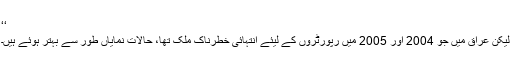
‘‘
لیکن عراق میں جو 2004 اور 2005 میں رپورٹروں کے لیئے انتہائی خطرناک ملک تھا، حالات نمایاں طور سے بہتر ہوئے ہیں۔